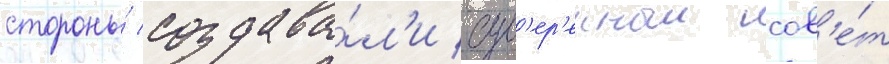
стороны́ создава́л'и сув'ер'енныи сов'е́т